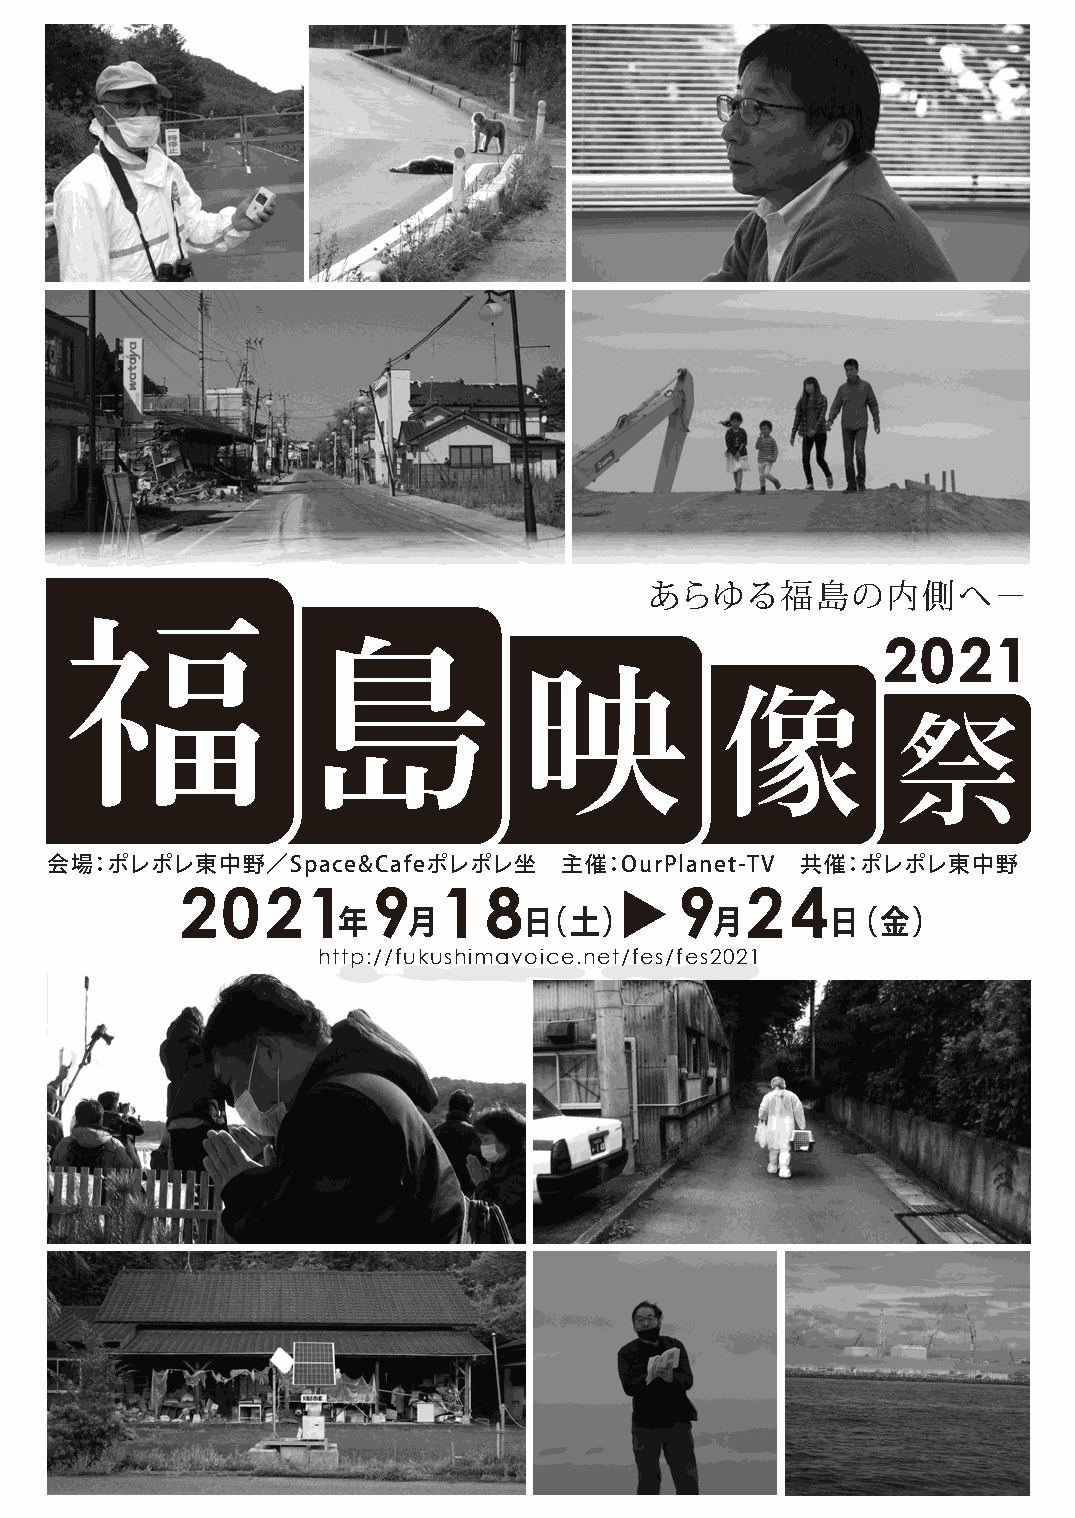
あらゆる福島の内側へ−
 2021
 会場：ポレポレ東中野／Space&Cafeポレポレ坐        主催：OurPlanet-TV 共催：ポレポレ東中野
 2021         9   18              9   24
 年    月       日（土）        月       日（金）
 http://fukushimavoice.net/fes/fes2021